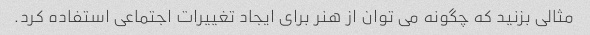
مثالی بزنید که چگونه می توان از هنر برای ایجاد تغییرات اجتماعی استفاده کرد.